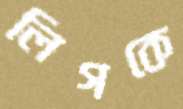
লিগকে